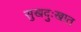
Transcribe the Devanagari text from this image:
सुखदुःखात